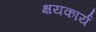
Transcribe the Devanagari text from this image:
क्षयकार्य